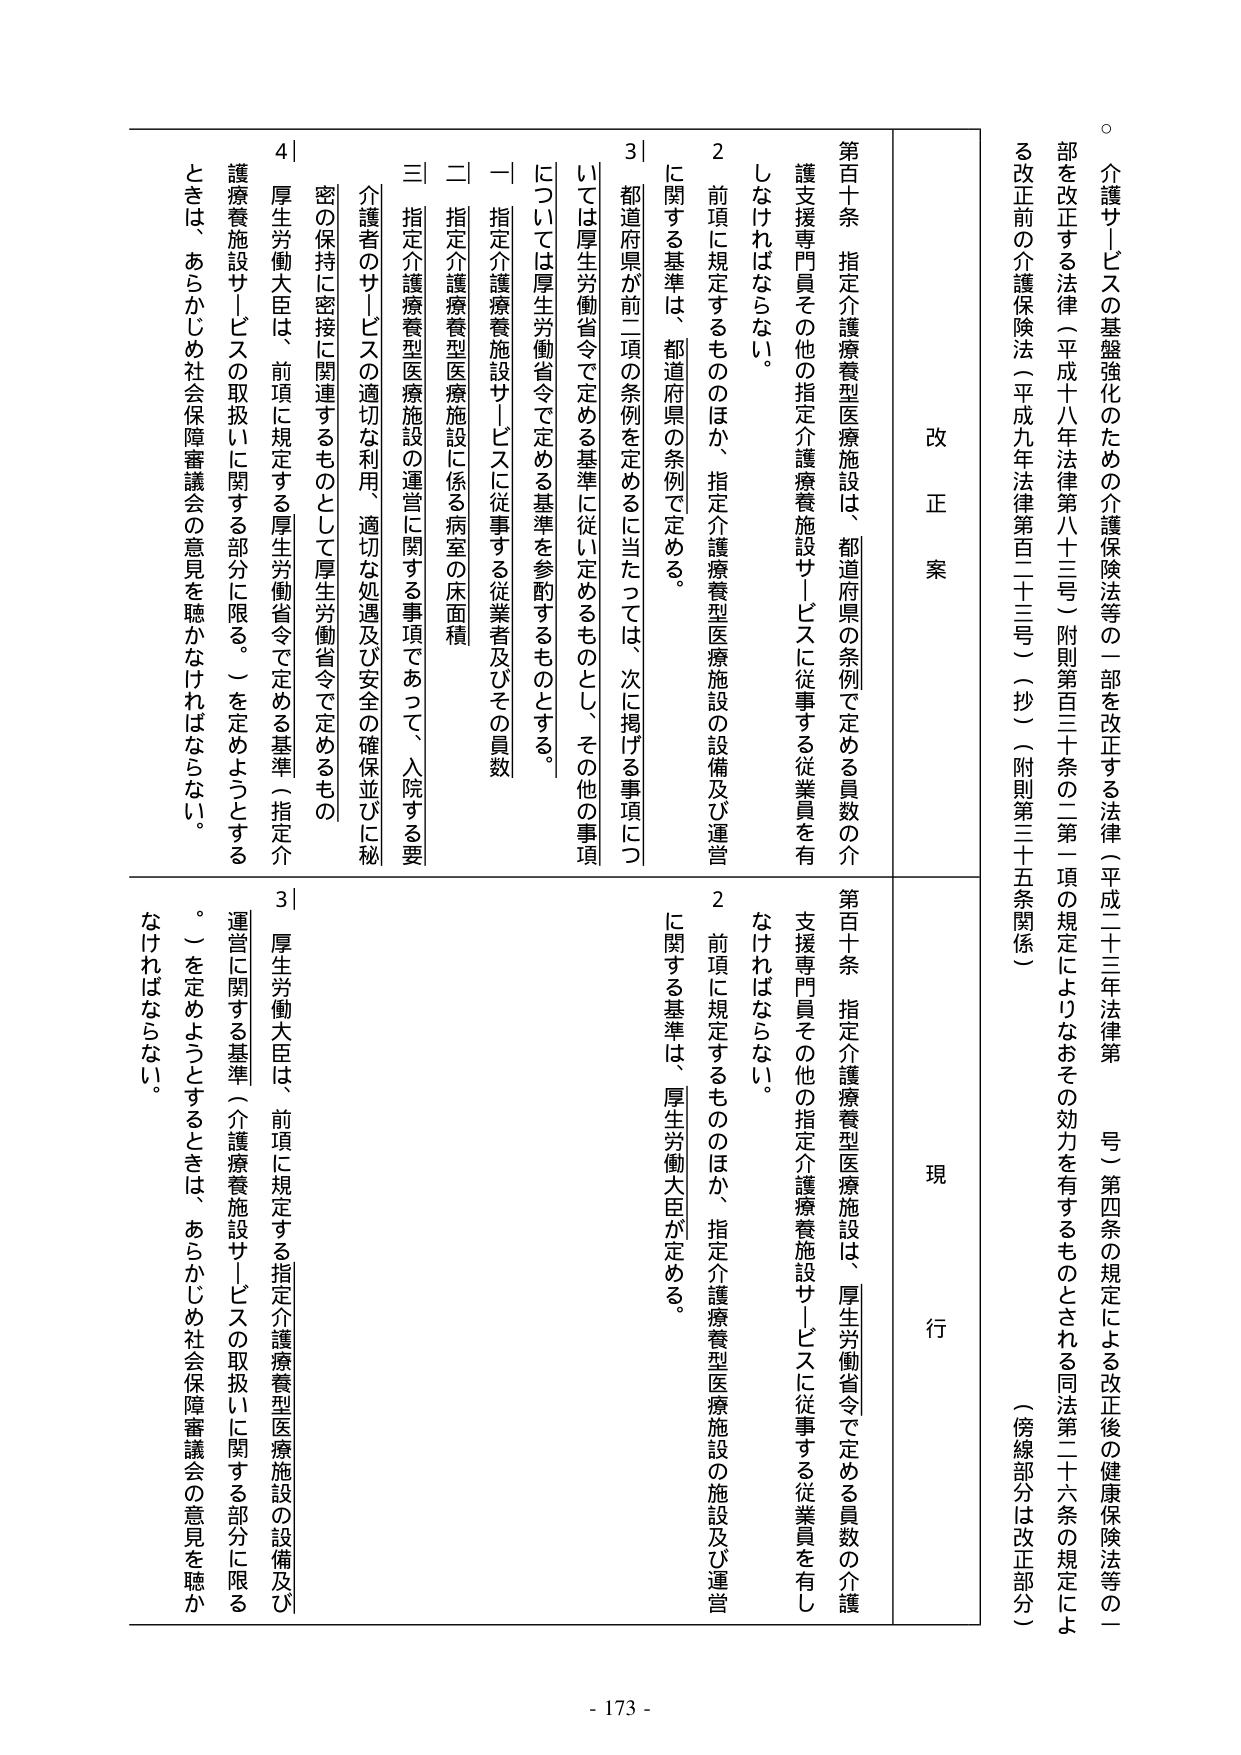
介護サービスの基盤強化のための介護保険法等の一部を改正する法律（平成二十三年法律第 号）第四条の規定による改正後の健康保険法等の一部を改正する法律（平成十八年法律第八十三号）附則第百三十条の二第一項の規定によりなおその効力を有するものとされる同法第二十六条の規定による改正前の介護保険法（平成九年法律第百二十三号）（抄）（附則第三十五条関係）（傍線部分は改正部分）

改 正 案

第百十条 指定介護療養型医療施設は、都道府県の条例で定める員数の介護支援専門員その他の指定介護療養施設サービスに従事する従業員を有しなければならない。

２ 前項に規定するもののほか、指定介護療養型医療施設の設備及び運営に関する基準は、都道府県の条例で定める。

３ 都道府県が前二項の条例を定めるに当たっては、次に掲げる事項については厚生労働省令で定める基準に従い定めるものとし、その他の事項については厚生労働省令で定める基準を参酌するものとする。

一 指定介護療養施設サービスに従事する従業者及びその員数

二 指定介護療養型医療施設に係る病室の床面積

三 指定介護療養型医療施設の運営に関する事項であって、入院する要介護者のサービスの適切な利用、適切な処遇及び安全の確保並びに秘密の保持に密接に関連するものとして厚生労働省令で定めるもの

４ 厚生労働大臣は、前項に規定する厚生労働省令で定める基準（指定介護療養施設サービスの取扱いに関する部分に限る。）を定めようとするときは、あらかじめ社会保障審議会の意見を聴かなければならない。

現 行

第百十条 指定介護療養型医療施設は、厚生労働省令で定める員数の介護支援専門員その他の指定介護療養施設サービスに従事する従業員を有しなければならない。

２ 前項に規定するもののほか、指定介護療養型医療施設の施設及び運営に関する基準は、厚生労働大臣が定める。

３ 厚生労働大臣は、前項に規定する指定介護療養型医療施設の設備及び運営に関する基準（介護療養施設サービスの取扱いに関する部分に限る。）を定めようとするときは、あらかじめ社会保障審議会の意見を聴かなければならない。

- 173 -